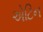
એટિન